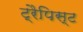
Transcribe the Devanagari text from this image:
ट्रैपिस्ट